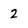
Character: 2